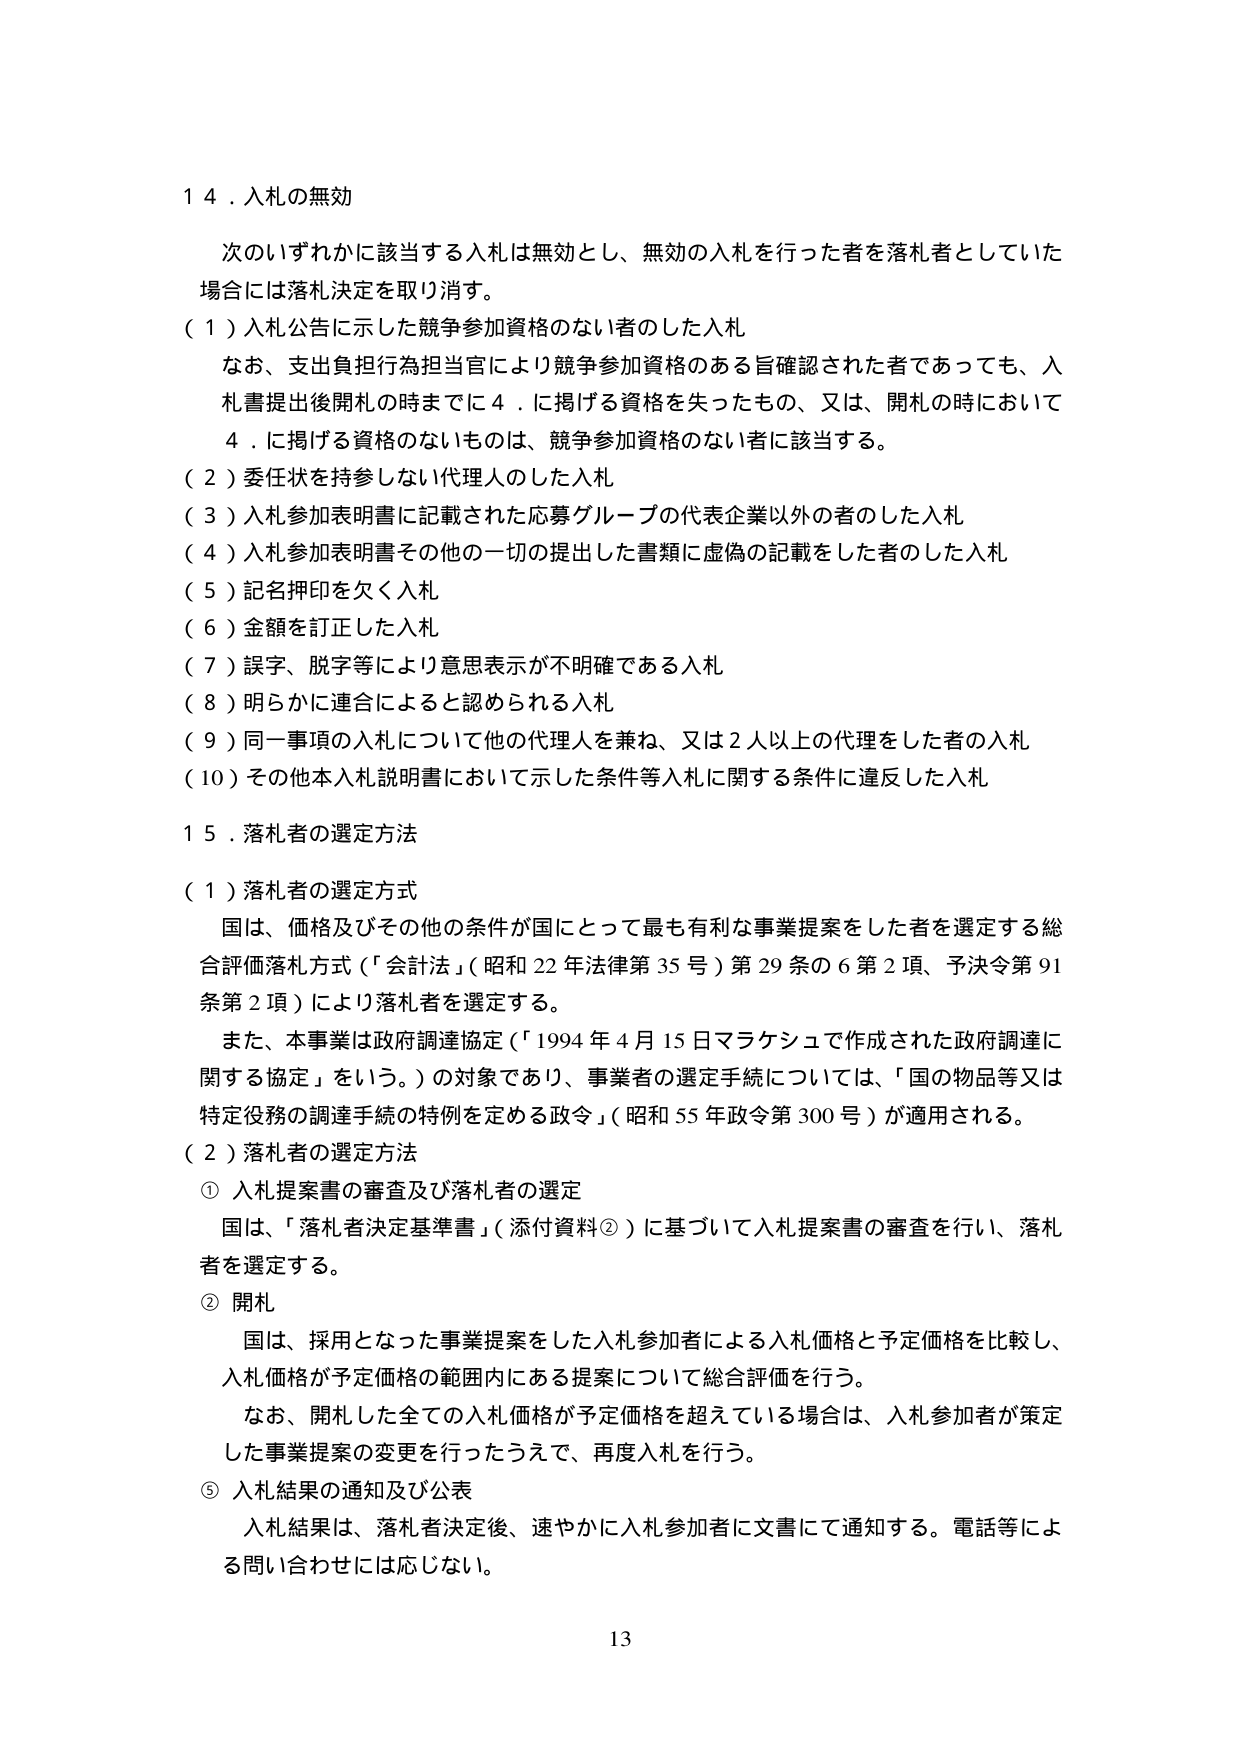
14．入札の無効

次のいずれかに該当する入札は無効とし、無効の入札を行った者を落札者としていた場合には落札決定を取り消す。

（1）入札公告に示した競争参加資格のない者のした入札
　なお、支出負担行為担当官により競争参加資格のある旨確認された者であっても、入札書提出後開札の時までに4．に掲げる資格を失ったもの、又は、開札の時において4．に掲げる資格のないものは、競争参加資格のない者に該当する。

（2）委任状を持参しない代理人のした入札
（3）入札参加表明書に記載された応募グループの代表企業以外の者のした入札
（4）入札参加表明書その他の一切の提出した書類に虚偽の記載をした者のした入札
（5）記名押印を欠く入札
（6）金額を訂正した入札
（7）誤字、脱字等により意思表示が不明確である入札
（8）明らかに連合によると認められる入札
（9）同一事項の入札について他の代理人を兼ね、又は2人以上の代理をした者の入札
（10）その他本入札説明書において示した条件等入札に関する条件に違反した入札

15．落札者の選定方法

（1）落札者の選定方式
　国は、価格及びその他の条件が国にとって最も有利な事業提案をした者を選定する総合評価落札方式（「会計法」（昭和22年法律第35号）第29条の6第2項、予決令第91条第2項）により落札者を選定する。
　また、本事業は政府調達協定（「1994年4月15日マラケシュで作成された政府調達に関する協定」をいう。）の対象であり、事業者の選定手続については、「国の物品等又は特定役務の調達手続の特例を定める政令」（昭和55年政令第300号）が適用される。

（2）落札者の選定方法
① 入札提案書の審査及び落札者の選定
　国は、「落札者決定基準書」（添付資料②）に基づいて入札提案書の審査を行い、落札者を選定する。
② 開札
　国は、採用となった事業提案をした入札参加者による入札価格と予定価格を比較し、入札価格が予定価格の範囲内にある提案について総合評価を行う。
　なお、開札した全ての入札価格が予定価格を超えている場合は、入札参加者が策定した事業提案の変更を行ったうえで、再度入札を行う。
⑤ 入札結果の通知及び公表
　入札結果は、落札者決定後、速やかに入札参加者に文書にて通知する。電話等による問い合わせには応じない。

13